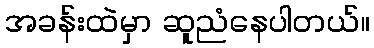
အခန်းထဲမှာ ဆူညံနေပါတယ်။